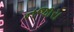
નજારા